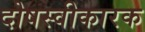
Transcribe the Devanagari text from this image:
दोषस्वीकारक